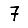
Digit: 7